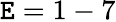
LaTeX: \mathtt{E}=1-7